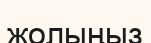
жолыңыз